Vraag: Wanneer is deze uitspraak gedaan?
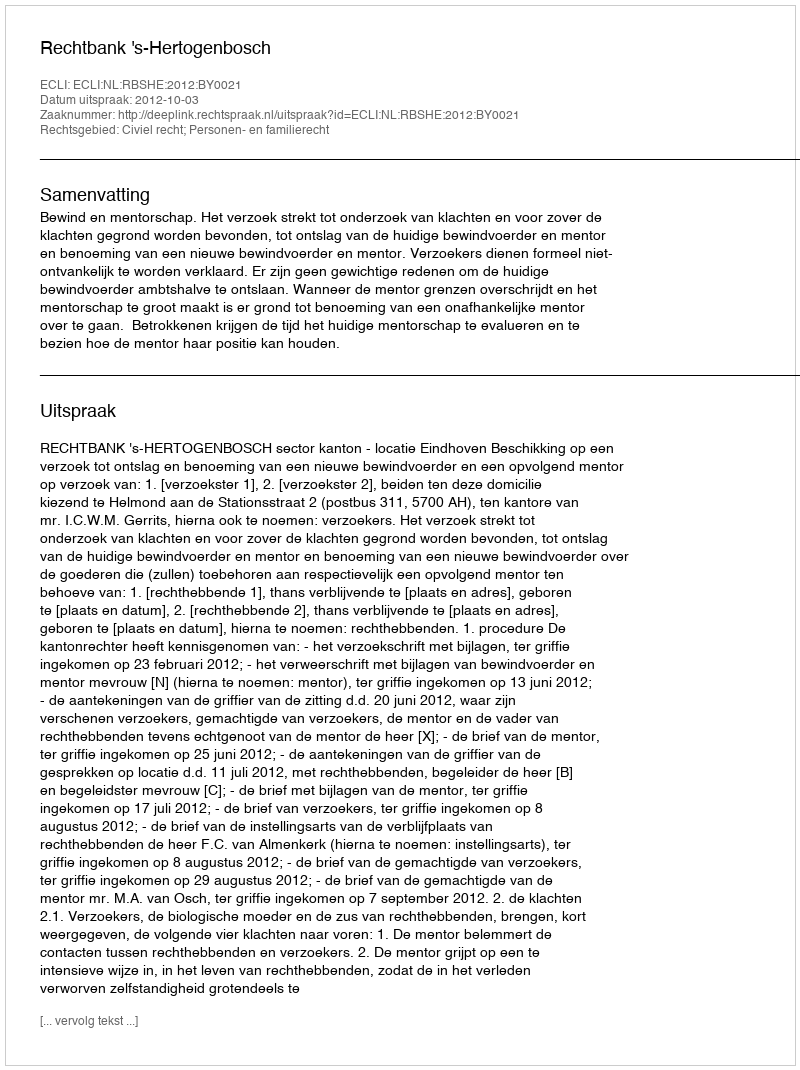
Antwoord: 2012-10-03